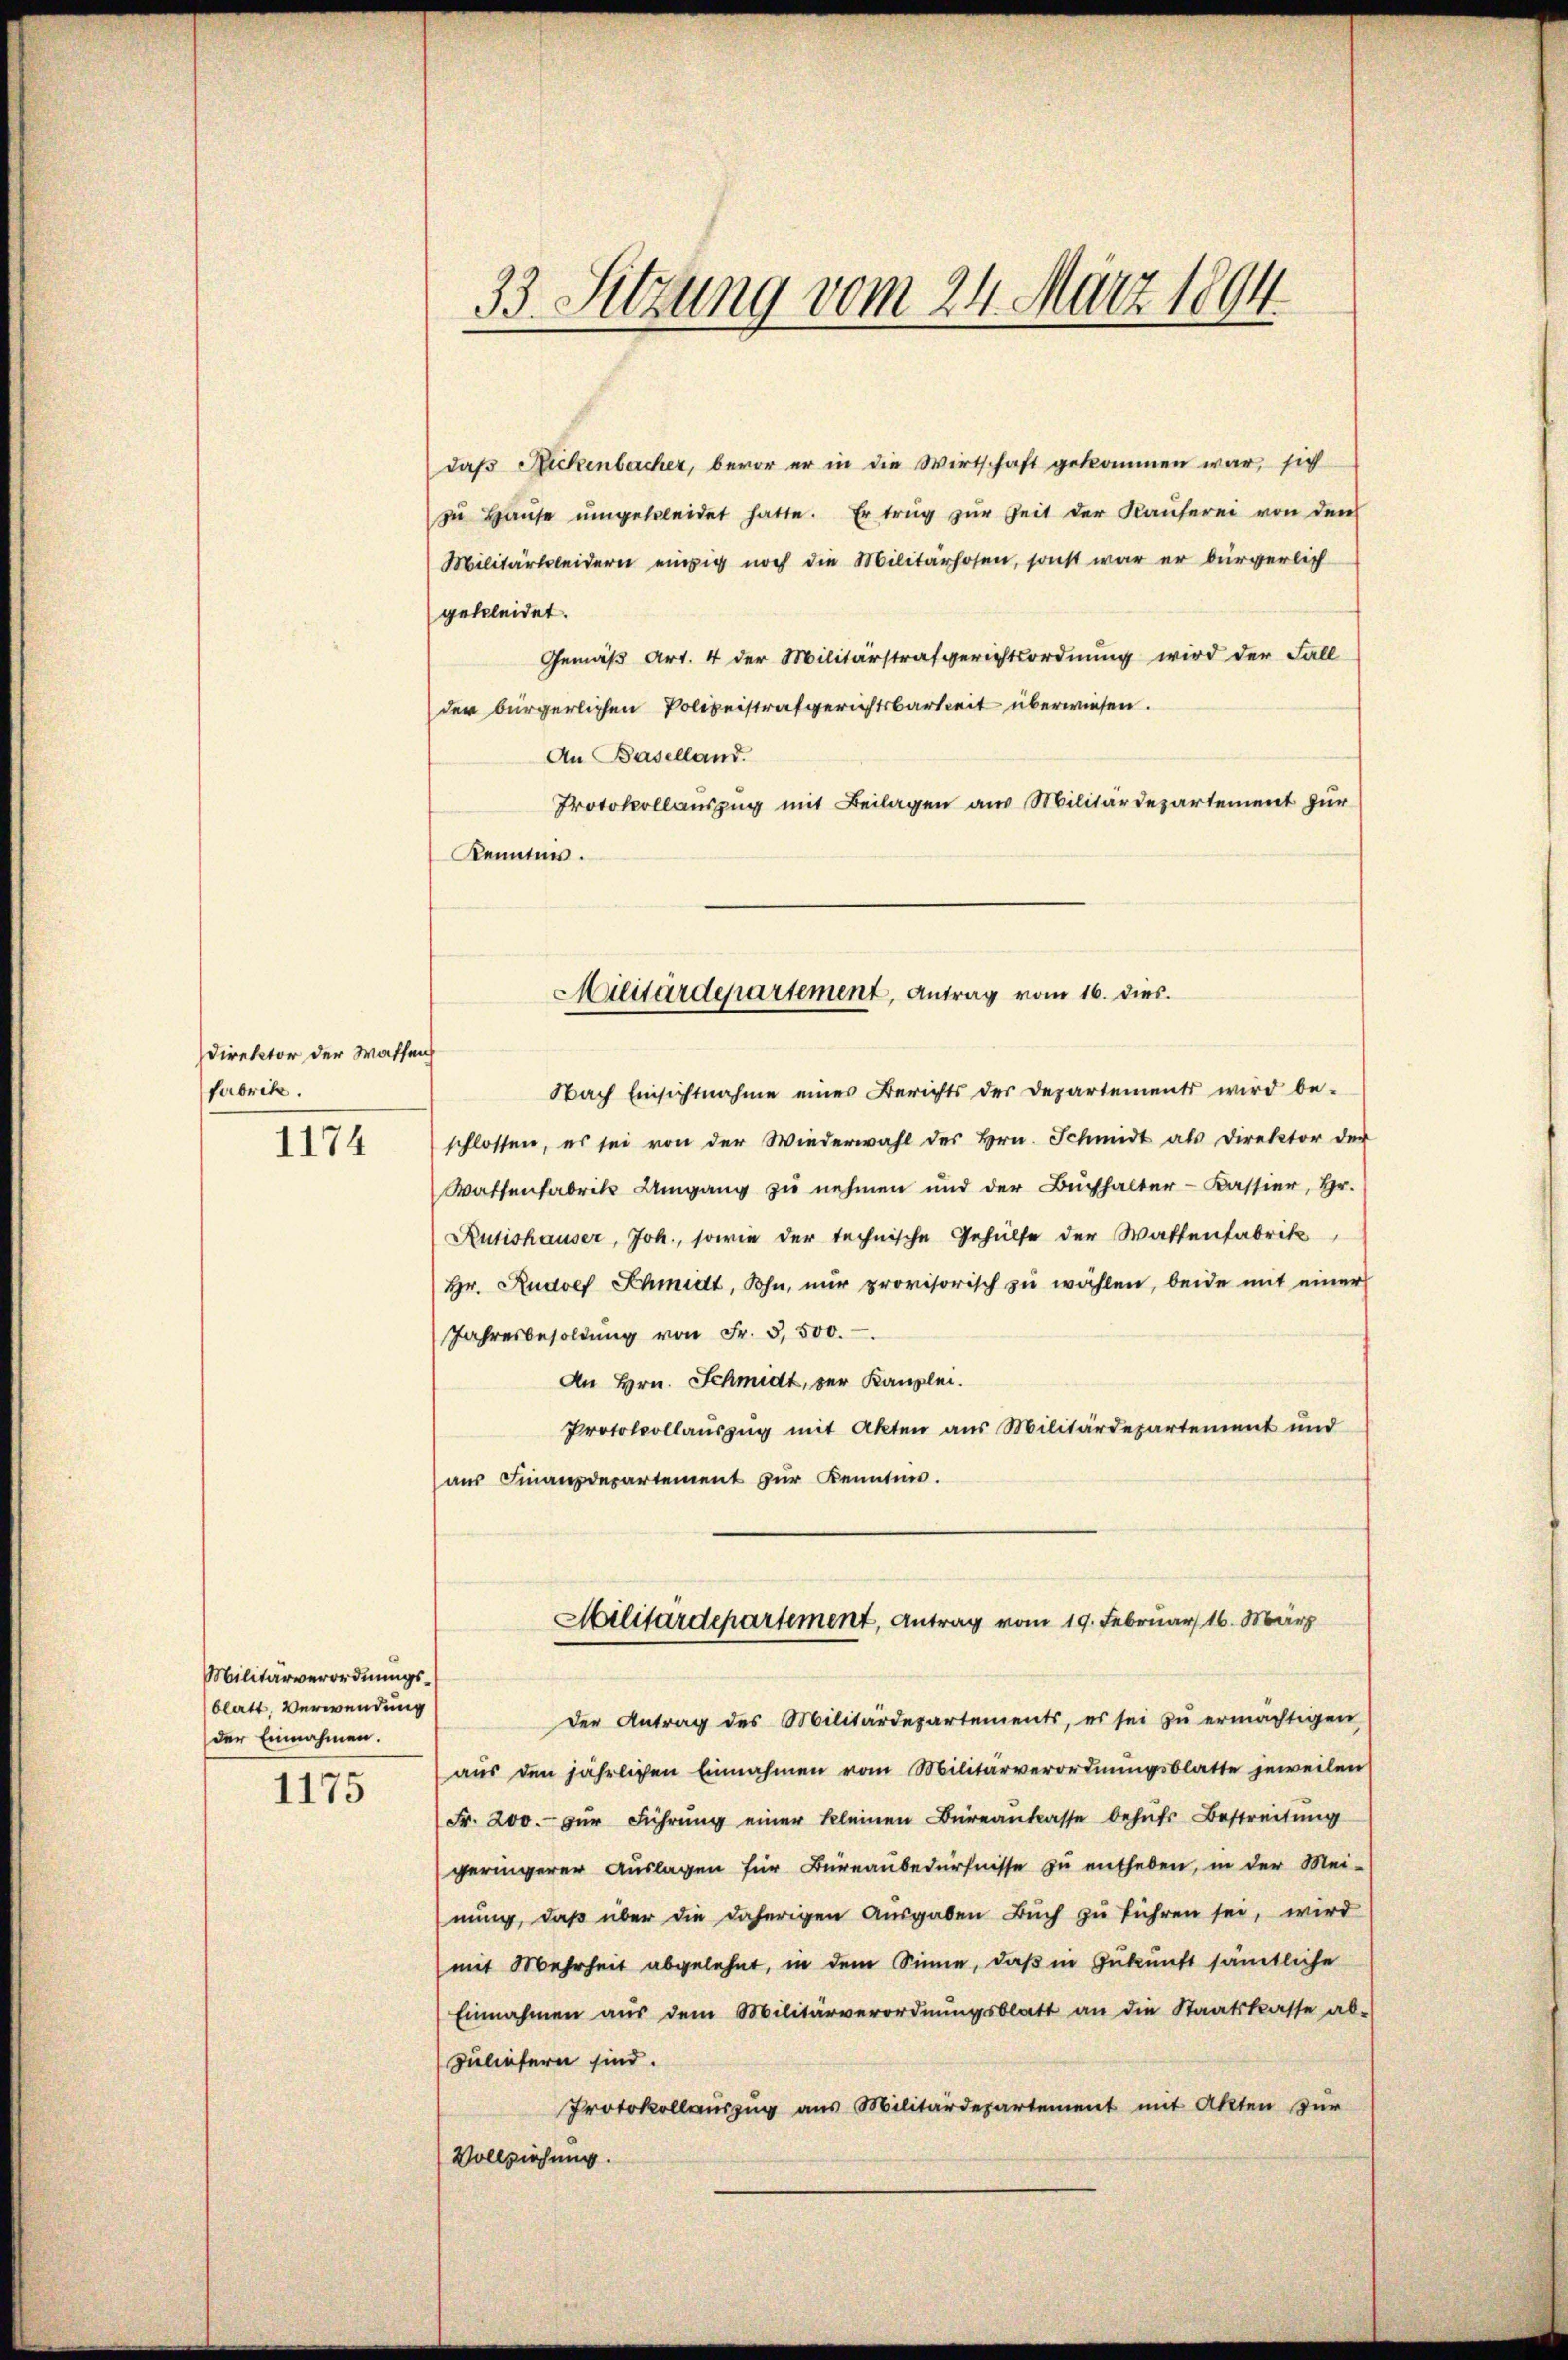
Direktor der Waffen
Fabrik.

1174

Militärverordnungsblatt, Verwendung
der Einnahmen.

1175

daß Rickenbacher, bevor er in die Wirtschaft gekommen war, sich
zŭ Haŭse ŭmgekleidet hatte. Er trŭg zŭr Zeit der Kaŭferei von den
Militärtleidern einzig noch die Militärhosen, sonst war er bürgerlich
gekleidet.
Gemäß Art. 4 der Militärstrafgerichtsordnung wird der Fall
der bürgerlichen Polizeistrafgerichtsbarkeit überwiesen.
An Baselland.
Protokollauszug mit Beilagen aus Militärdepartement zur
Kennten.

33. Sitzung vom 24. März 1894.

Nach Einsichtnahme eines Berichts der Departements wird be-
schlossen, es sei von der Wiederwahl des Hrn. Schmidt als Direktor der
Wattenfabrik Umgang zu nehmen und der Buchhalter-Kassier, Hr.
Rütishauser, Joh., sowie der technische Gehülfe der Wattenfabrik
Hr. Rudolf Schmidt, Sohn, nur provisorisch zu wählen, beide mit einer
Jahresbesoldŭng von Fr. 3,500.
An Hrn. Schmidt, der Kanzlei.
Protokollauszug mit Akten aus Militärdepartement und
aus Finanzdepartement zur Kennten.
Militärdepartement, Antrag vom 19. Februar 16. März
der Antrag des Militärdepartements, es sei zŭ ermächtigen
aŭs den jährlichen Einnahmen vom Militärverordnŭngsblatte jeweilen
Fr. 200.- zŭr Führŭng einer kleinen Büreankasse behufs Bestreitung
geringerer Auslagen für Büreaubedürfnisse zu entheben, in der Mei-
nung, daß über die daherigen Ausgaben Buch zu führen sei, wird
mit Mehrheit abgelehnt, in dem Sinne, daß in Zukunft sämtliche
Einnahmen aŭs dem Militärverordnŭngsblatt an die Staatskasse ab-
zuliefern sind.
Protokollauszug aus Militärdepartement mit Akten zur
Vollziehung.

Militärdepartement, Antrag vom 16. dies.